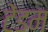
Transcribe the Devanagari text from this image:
टेंडम